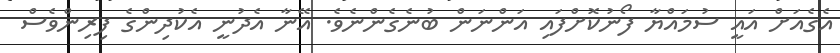
އެގެއަށް އައީ ސުމައްޔާ ފޯނުކޮށްފައި އަންނަން ބުނެގެންނެވެ. އޭނާ އެދުނީ އެކުދިންގެ ފިރިންވެސް